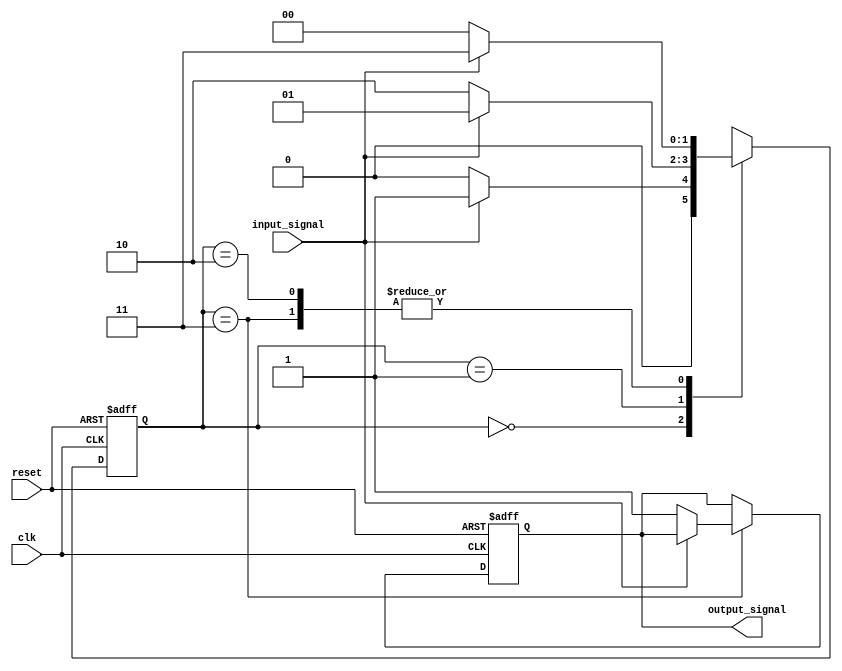
module debounce_circuit (

    input wire clk, // Clock signal input
    input wire reset, // Reset signal input
    input wire input_signal, // Input signal to be debounced
    output reg output_signal // Debounced output signal

);

reg [1:0] state;

always @(posedge clk or posedge reset)
begin
    if (reset)
    begin
        state <= 2'b00;
        output_signal <= 1'b0;
    end
    else
    begin
        case (state)
            2'b00: if (input_signal)
                   begin
                       state <= 2'b01;
                   end
                   else
                   begin
                       state <= 2'b00;
                   end

            2'b01: if (!input_signal)
                   begin
                       state <= 2'b10;
                   end
                   else
                   begin
                       state <= 2'b01;
                   end

            2'b10: if (input_signal)
                   begin
                       state <= 2'b11;
                   end
                   else
                   begin
                       state <= 2'b00;
                   end

            2'b11: if (!input_signal)
                   begin
                       state <= 2'b00;
                       output_signal <= 1'b1;
                   end
                   else
                   begin
                       state <= 2'b11;
                   end
        endcase
    end
end

endmodule